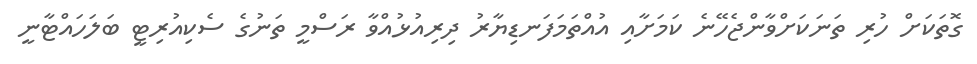
ގޮތަކަށް ހުރި ތަނަކަށްވާންޖެހޭނެ ކަމަށާއި އުއްތަމަފަނޑިޔާރު ދިރިއުޅުއްވާ ރަސްމީ ތަނުގެ ސެކިއުރިޓީ ބަލަހައްޓާނީ